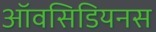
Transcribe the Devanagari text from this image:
ऑवसिडियनस